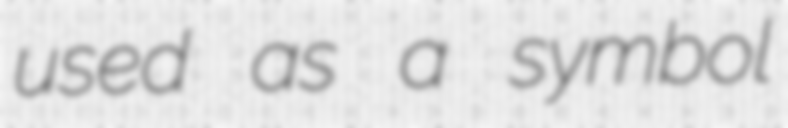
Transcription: used as a symbol